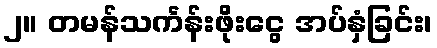
၂။ တမန်သင်္ကန်းဖိုးငွေ အပ်နှံခြင်း၊